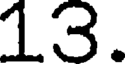
13.